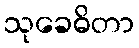
သုခေဓိတာ